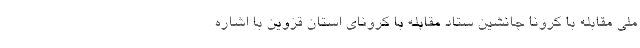
ملی مقابله با کرونا جانشین ستاد مقابله با کرونای استان قزوین با اشاره